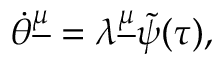
\dot { \theta } ^ { \underline { { \mu } } } = \lambda ^ { \underline { { \mu } } } \tilde { \psi } ( \tau ) ,